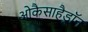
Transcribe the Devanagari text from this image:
ओकैसाहैड्रॉन